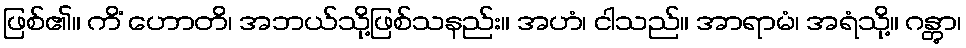
ဖြစ်၏။ ကိံ ဟောတိ၊ အဘယ်သို့ဖြစ်သနည်း။ အဟံ၊ ငါသည်။ အာရာမံ၊ အရံသို့။ ဂန္တွာ၊